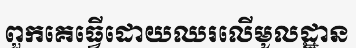
ពួកគេធ្វើដោយឈរលើមូលដ្ឋាន